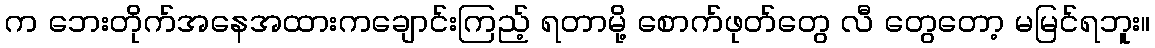
က ဘေးတိုက်အနေအထားကချောင်းကြည့် ရတာမို့ စောက်ဖုတ်တွေ လီ တွေတော့ မမြင်ရဘူး။